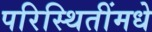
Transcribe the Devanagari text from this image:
परिस्थितींमधे